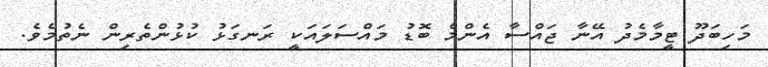
މަހިބަދޫ ޓީމާމެދު އޭނާ ޖައްސާ އެންމެ ބޮޑު މައްސަލައަކީ ރަނގަޅު ކުޅުންތެރިން ނެތުމެވެ.